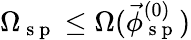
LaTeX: \Omega_{\mathrm{~s~p~}}\le\Omega(\vec{\phi}_{\mathrm{~s~p~}}^{(0)})